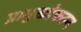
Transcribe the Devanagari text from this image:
प्रामुख्येकरून